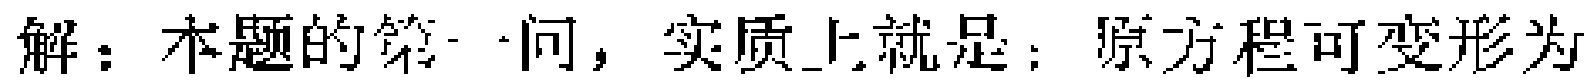
解：本题的第一问，实质上就是：原方程可变形为